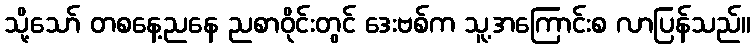
သို့သော် တစနေ့ညနေ ညစာဝိုင်းတွင် ဒေးဗစ်က သူ့အကြောင်းစ လာပြန်သည်။